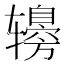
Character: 𰺤